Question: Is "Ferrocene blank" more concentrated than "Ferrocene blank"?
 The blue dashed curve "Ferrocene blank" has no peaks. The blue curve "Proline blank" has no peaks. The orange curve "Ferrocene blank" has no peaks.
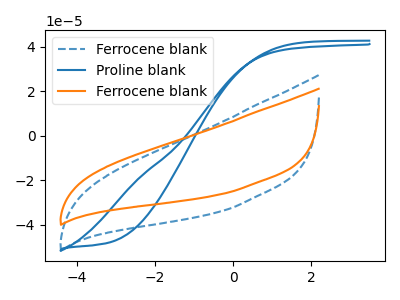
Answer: <think>Neither "Ferrocene blank" or "Ferrocene blank" have any peaks.
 </think>
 <answer>I cant tell if "Ferrocene blank" or "Ferrocene blank" has higher concentration.</answer>
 <eval>mixed_concentration</eval>